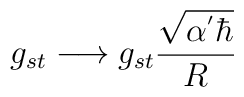
g_{st} \longrightarrow	g_{st}\frac{\sqrt{\alpha^{'}\hbar}}{R}